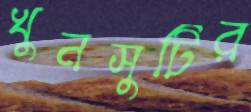
খুনসুটির